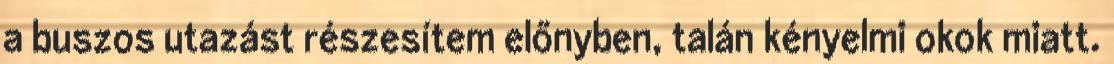
a buszos utazást részesítem előnyben, talán kényelmi okok miatt.